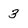
Character: 3